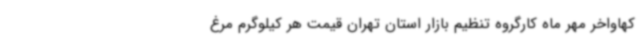
کهاواخر مهر ماه کارگروه تنظیم بازار استان تهران قیمت هر کیلوگرم مرغ